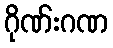
ဂိုဏ်းဂဏ